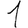
Digit: 1